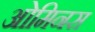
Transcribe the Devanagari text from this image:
ओमिनस